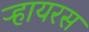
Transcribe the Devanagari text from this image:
ऱ्हायरस